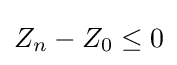
Z_{n}-Z_{0}\leq 0